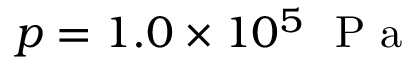
p = 1 . 0 \times 1 0 ^ { 5 } ~ \mathrm { ~ P ~ a ~ }